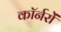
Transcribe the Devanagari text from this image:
कॉर्नरों